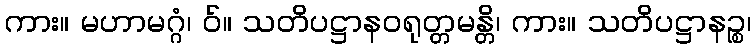
ကား။ မဟာမဂ္ဂံ၊ ဝ်။ သတိပဋ္ဌာနဝရုတ္တမန္တိ၊ ကား။ သတိပဋ္ဌာနဉ္စ၊